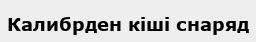
Калибрден кіші снаряд